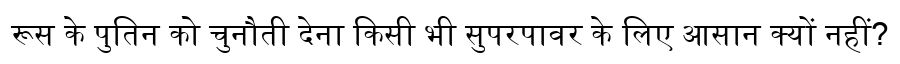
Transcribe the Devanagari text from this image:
रूस के पुतिन को चुनौती देना किसी भी सुपरपावर के लिए आसान क्यों नहीं?